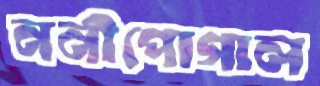
ননীপোগাল